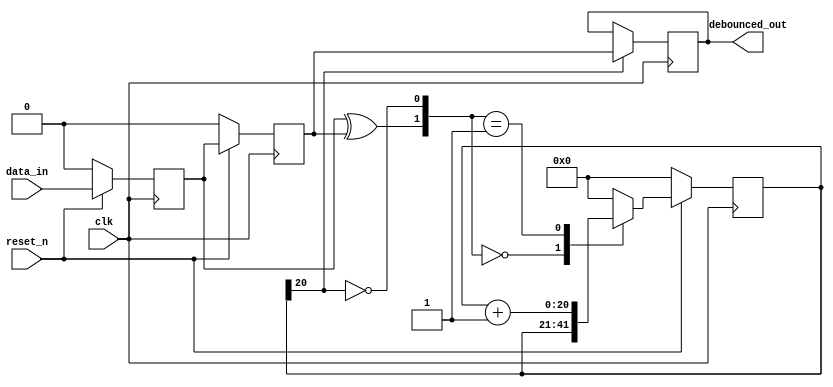
`timescale 1ns / 10ps
////////////////////////////////////////////////////////////////////////////////////////////
// Design: Debouncer
// Description: De-bounces input for C_DEBOUNCE_TIME_MSEC using C_CLK_PERIOD_NS period clock  
////////////////////////////////////////////////////////////////////////////////////////////
module  debouncer # (
	parameter C_CLK_PERIOD_NS = 10,
	parameter C_DEBOUNCE_TIME_MSEC = 20
	
	) 
	(
	input clk, reset_n, data_in,				// inputs
	output reg 	debounced_out						// output
	);
 
    function integer clogb2;
        input [31:0] value;
        begin
            value = value - 1;
            for (clogb2 = 0; value > 0; clogb2 = clogb2 + 1) begin
                value = value >> 1;
            end
        end
    endfunction    
    
	localparam N = clogb2((C_DEBOUNCE_TIME_MSEC*(10**6))/(C_CLK_PERIOD_NS)); 		
// internal variables 
	reg  [N-1 : 0]	reg_q;						// timing regs
	reg  [N-1 : 0]	next_q;
	reg DFF1, DFF2;								// input flip-flops
	wire add_q;									// control flags
	wire reset_q;

	assign reset_q = (DFF1  ^ DFF2);		    // xor input flip flops to look for level change to reset counter
	assign add_q = ~(reg_q[N-1]);			    // add to counter when reg_q msb is equal to 0
	
//// combo counter to manage next_q	
	always @ (reset_q, add_q, reg_q)
		begin
			case( {reset_q , add_q})
				2'b00 :
						next_q <= reg_q;
				2'b01 :
						next_q <= reg_q + 1;
				default :
						next_q <= { N {1'b0} };
			endcase 	
		end
	
//// Flip flop inputs and reg_q update
	always @ ( posedge clk )
		begin
			if(reset_n ==  1'b0)
				begin
					DFF1 <= 1'b0;
					DFF2 <= 1'b0;
					reg_q <= { N {1'b0} };
				end
			else
				begin
					DFF1 <= data_in;
					DFF2 <= DFF1;
					reg_q <= next_q;
				end
		end
	
//// counter control
	always @ ( posedge clk )
		begin
			if(reg_q[N-1] == 1'b1)
					debounced_out <= DFF2;
			else
					debounced_out <= debounced_out;
		end

endmodule